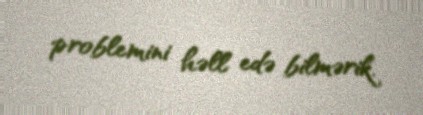
problemini həll edə bilmərik.